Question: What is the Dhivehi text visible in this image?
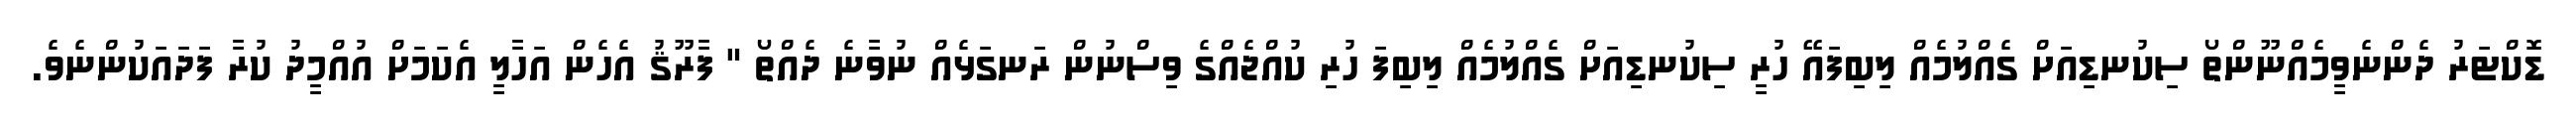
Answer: ޑޮކްޓަރު ދެންނެވީމެއްނޫންތޯ ސިކުނޑިއަށް ގެއްލުމެއް ލިބިފައޭ ހުރީ ސިކުނޑިއަށް ގެއްލުމެއް ލިބިފަ ހުރި ކުއްޖެއްގެ ވިސްނުން ރަނގަޅެއް ނުވާނެ ދެއްތޯ " ފާރޫޤު އެހެން އަހާލީ އެކަމަށް އުއްމީދު ކުރާ ފަދައަކުންނެވެ.